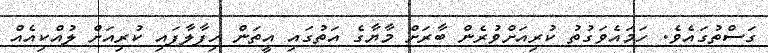
ގަސްތުގައެވެ. ހަމައެވަގުތު ކުރިއަށްވުރެން ބާރަށް މާޔާގެ އަތުގައި އީތަން ހިފާލާފައި ކުރިއަށް ލުއްކިއެއް